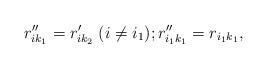
LaTeX: \begin{align*}r''_{ik_1}=r'_{ik_2}\;(i\ne i_1);r''_{i_1 k_1}=r_{i_1 k_1},\end{align*}